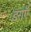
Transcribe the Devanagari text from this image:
डराएॅ